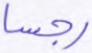
رجسا